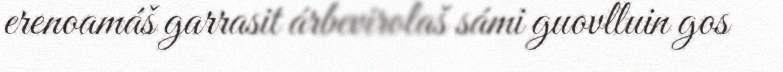
erenoamáš garrasit árbevirolaš sámi guovlluin gos